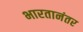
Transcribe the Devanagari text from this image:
भारतानंतर